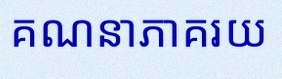
គណនាភាគរយ